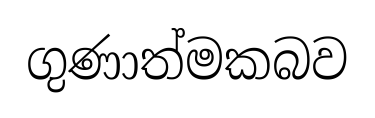
ගුණාත්මකබව